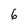
Character: 6